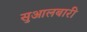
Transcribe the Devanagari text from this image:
सुआलबारी